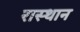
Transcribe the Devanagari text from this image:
रास्थान